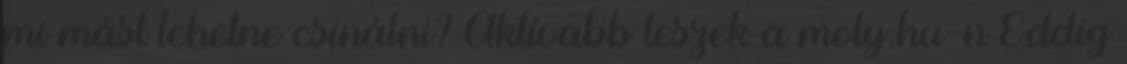
mi mást lehetne csinálni? Aktívabb leszek a moly.hu-n Eddig